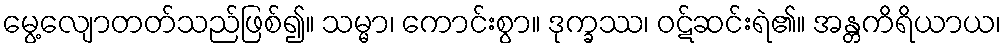
မွေ့လျောတတ်သည်ဖြစ်၍။ သမ္မာ၊ ကောင်းစွာ။ ဒုက္ခဿ၊ ဝဋ်ဆင်းရဲ၏။ အန္တကိရိယာယ၊